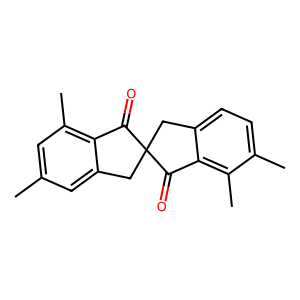
SMILES: Cc1cc(C)c2c(c1)CC1(Cc3ccc(C)c(C)c3C1=O)C2=O
Inhibits HIV replication: No